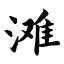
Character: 滩